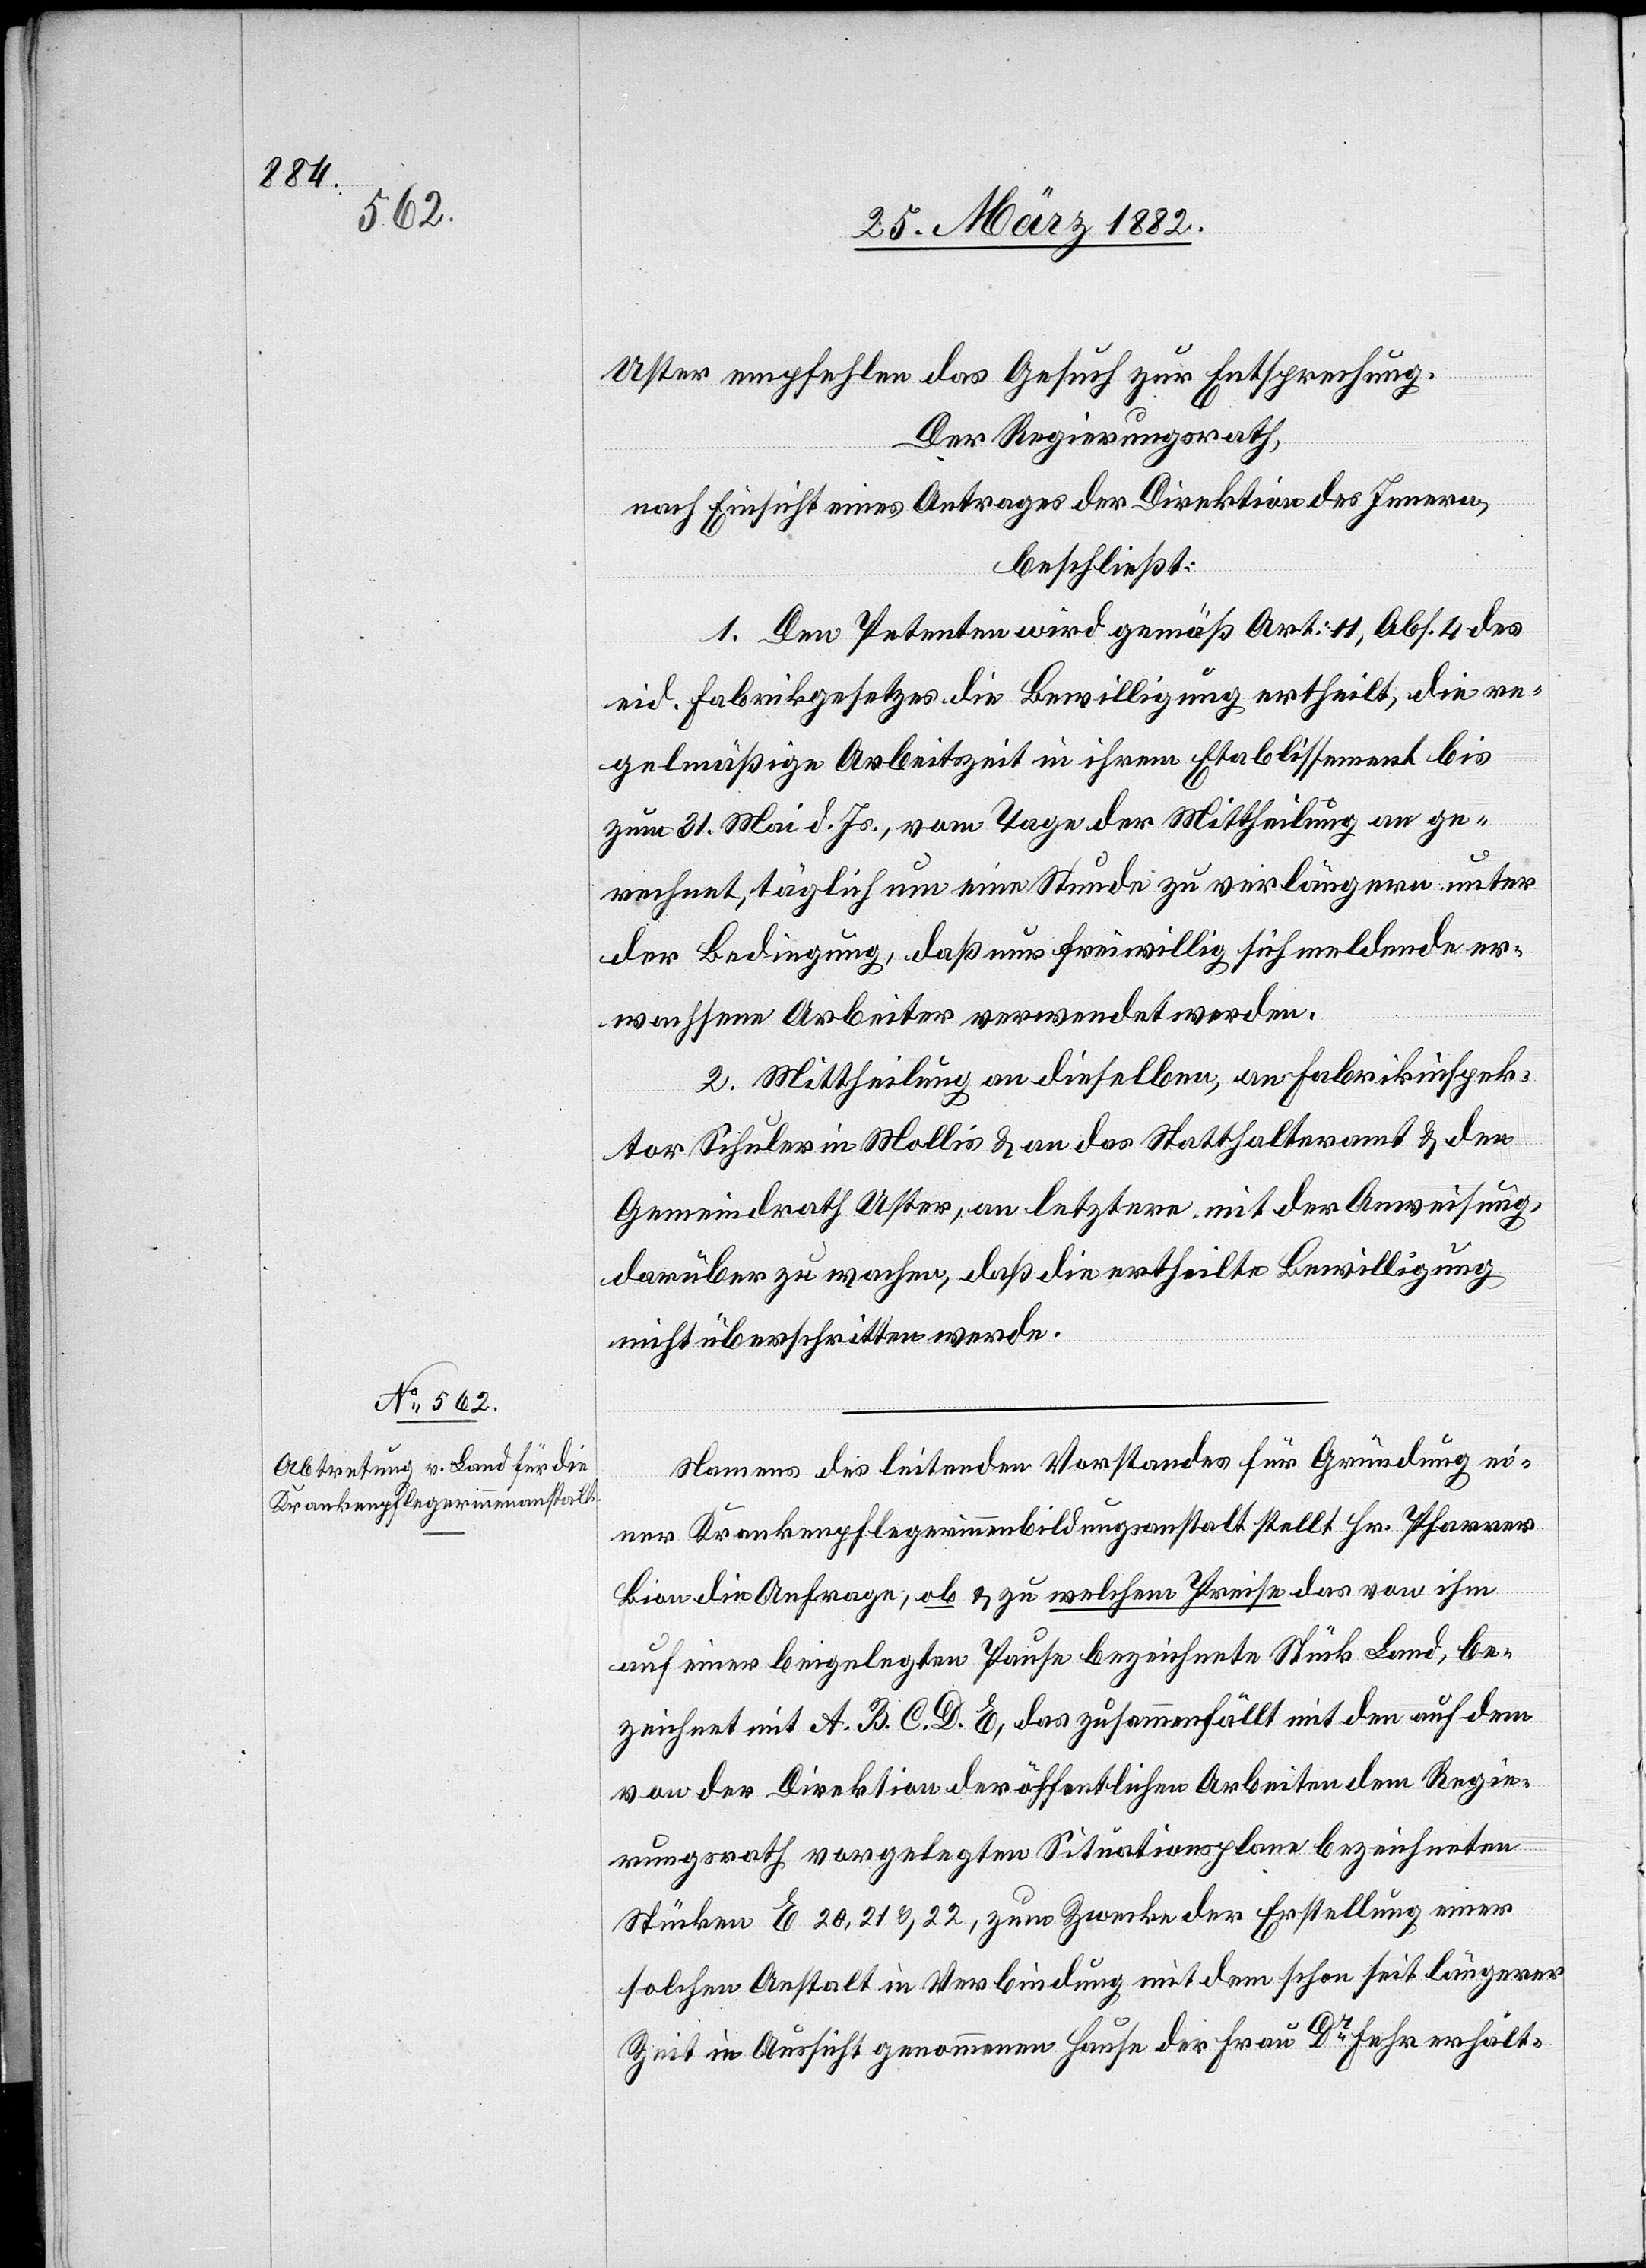
Uster empfehlen das Gesuch zur Entsprechung.
Der Regierungsrath,
nach Einsicht eines Antrages der Direktion des Innern,
beschließt:
1. Den Petenten wird gemäß Art. 11, Abs. 4 des
eid. Fabrikgesetzes die Bewilligung ertheilt, die re¬
gelmäßige Arbeitszeit in ihrem Etablissement bis
zum 31. Mai d. Js., vom Tage der Mittheilung an ge¬
rechnet, täglich um eine Stunde zu verlängern unter
der Bedingung, daß nur freiwillig sich meldende er¬
wachsene Arbeiter verwendet werden.
2. Mittheilung an dieselben, an Fabrikinspek¬
tor Schuler in Mollis & an das Statthalteramt & den
Gemeindrath Uster, an letztern mit der Anweisung,
darüber zu wachen, daß die ertheilte Bewilligung
nicht überschritten werde.
Namens des leitenden Vorstandes für Gründung ei¬
ner Krankenpflegerinnenbildungsanstalt stellt Hr. Pfarrer
Bion die Anfrage, ob & zu welchem Preise das von ihm
auf einer beigelegten Pause bezeichnete Stück Land, be¬
zeichnet mit A. B. C. D. E., das zusammenfällt mit den auf dem
von der Direktion der öffentlichen Arbeiten dem Regie¬
rungsrath vorgelegten Situationsplan bezeichneten
Stücke E. 20, 21 & 22, zum Zwecke der Erstellung einer
solchen Anstalt in Verbindung mit dem schon seit längerer
Zeit in Aussicht genommenen Hause der Frau Dr Fehr erhält-